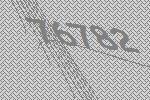
76782